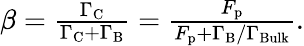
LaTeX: \begin{array}{r}{\beta=\frac{\Gamma_{\mathrm{C}}}{\Gamma_{\mathrm{C}}+\Gamma_{\mathrm{B}}}=\frac{F_{\mathrm{p}}}{F_{\mathrm{p}}+\Gamma_{\mathrm{B}}/\Gamma_{\mathrm{Bulk}}}.}\end{array}